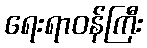
ရေးရာဝန်ကြီး